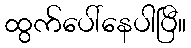
ထွက်ပေါ်နေပါပြီ။